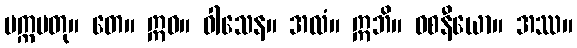
ပက္ကမတု။ တေ။ ဣဓ။ ဝါသေန။ အလံ။ ဣဘိ။ ဝစနီယော။ အဿ။